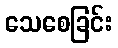
သေစေခြင်း